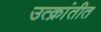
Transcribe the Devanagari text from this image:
उत्क्रांतीत